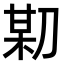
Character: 𠝼